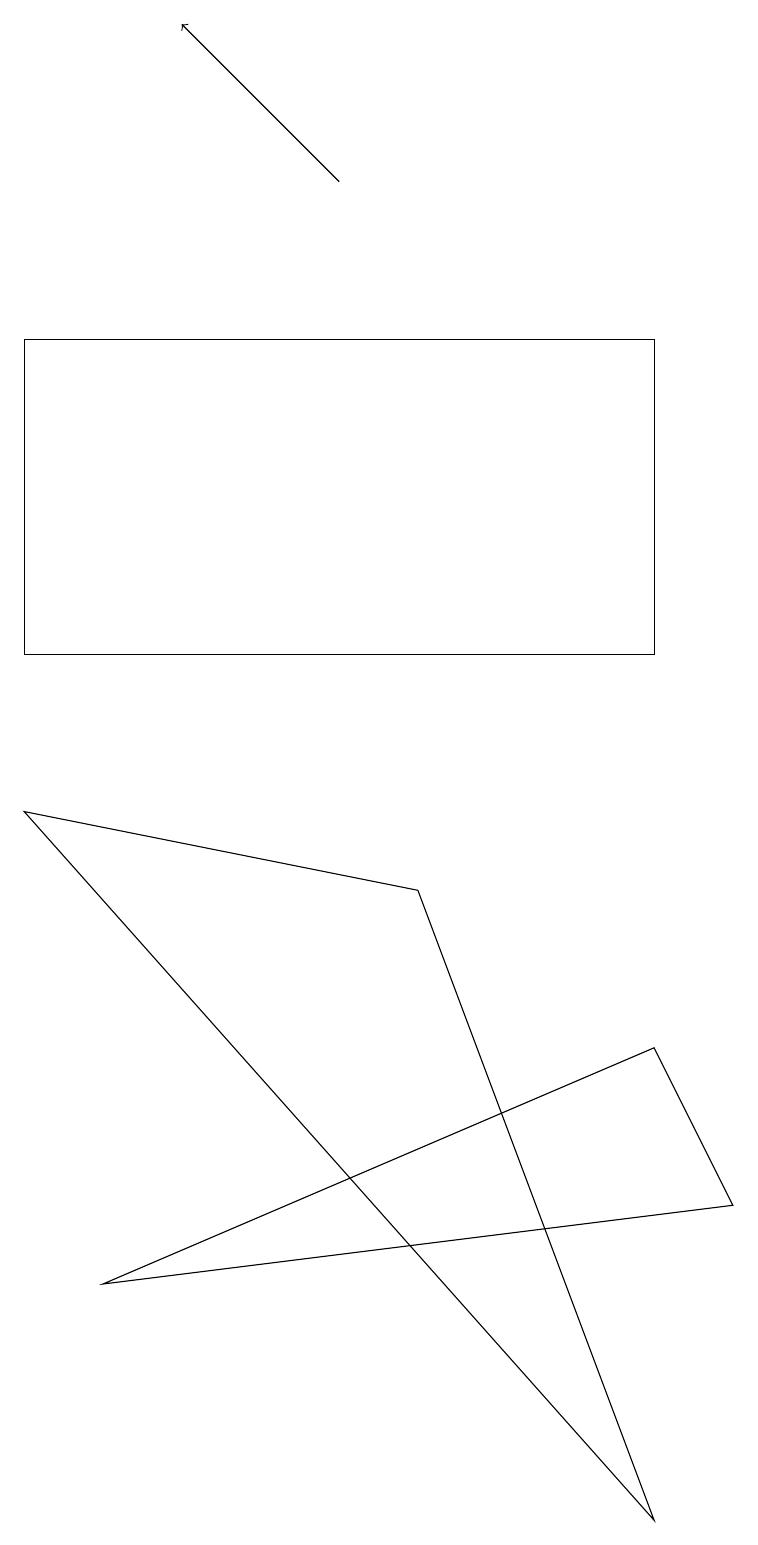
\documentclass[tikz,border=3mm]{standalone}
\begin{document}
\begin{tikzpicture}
\draw (8,11) rectangle (0,15);
\draw (1,3) -- (9,4) -- (8,6) -- cycle;
\draw[->] (4,17) -- (2,19);
\draw (8,0) -- (5,8) -- (0,9) -- cycle;
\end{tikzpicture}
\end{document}